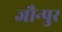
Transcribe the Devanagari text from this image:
जौन्पुर